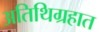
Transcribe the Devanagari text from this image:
अतिथिग्रहात